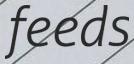
feeds